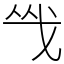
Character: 㦰